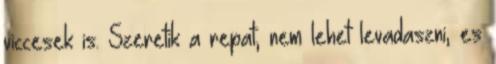
viccesek is. Szeretik a repat, nem lehet levadaszni, es